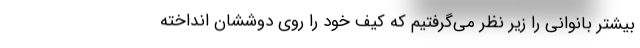
بیشتر بانوانی را زیر نظر می‌گرفتیم که کیف خود را روی دوششان انداخته